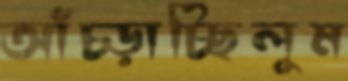
আঁচ্‌ড়াচ্ছিলুম